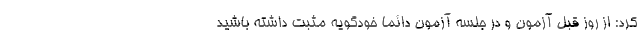
کرد: از روز قبل آزمون و در جلسه آزمون دائما خودگویه مثبت داشته باشید